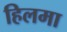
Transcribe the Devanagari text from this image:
हिलमा